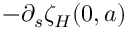
- \partial _ { s } \zeta _ { H } ( 0 , a )